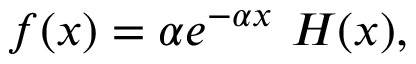
\begin{array} { r } { f ( x ) = \alpha e ^ { - \alpha x } \ H ( x ) , } \end{array}